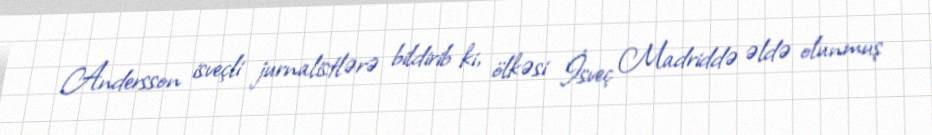
Andersson isveçli jurnalistlərə bildirib ki, ölkəsi İsveç Madriddə əldə olunmuş